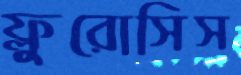
ফ্লুরোসিস